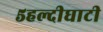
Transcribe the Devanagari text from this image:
५हल्दीघाटी